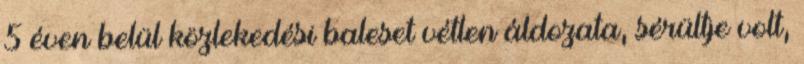
5 éven belül közlekedési baleset vétlen áldozata, sérültje volt,